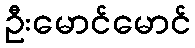
ဦးမောင်မောင်